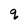
Character: q